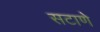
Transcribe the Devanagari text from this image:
सटाणे